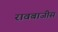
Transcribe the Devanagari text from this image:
रावबाजीस